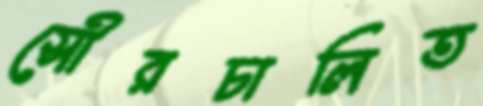
সৌরচালিত